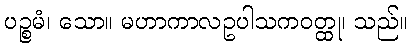
ပဉ္စမံ၊ သော။ မဟာကာလဥပါသကဝတ္ထု၊ သည်။